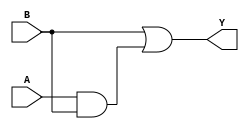
module combinational_logic (
    input wire A, // Input A
    input wire B, // Input B
    output wire Y // Output Y
);

// Combinational logic using 'don't care' conditions
assign Y = B | (A & B); // Optimized logic expression

endmodule